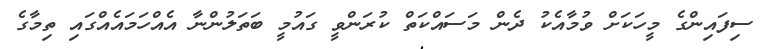
ސިފައިންގެ މީހަކަށް ވުމާއެކު ދެން މަސައްކަތް ކުރަންވީ ގައުމީ ބަތަލުންނާ އެއްހަމައެއްގައި ތިމާގެ